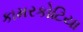
કામરકોટિયા